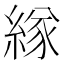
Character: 𦂁